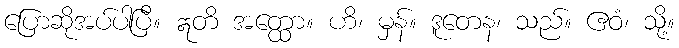
ပြောဆိုအပ်ပါပြီ။ ဣတိ အတ္ထော။ ဟိ၊ မှန်။ ဒူတေန၊ သည်။ ဧဝံ၊ သို့။